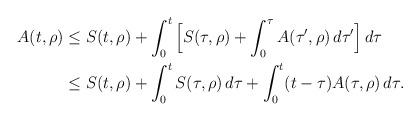
LaTeX: \begin{align*}\begin{aligned}A(t,\rho) &\leq S(t,\rho)+\int_0^t\Big[S(\tau,\rho)+\int_0^\tau A(\tau',\rho)\,d\tau'\Big]\,d\tau \\&\leq S(t,\rho)+ \int_0^t S(\tau,\rho)\,d\tau+ \int_0^t(t-\tau)A(\tau,\rho)\,d\tau.\end{aligned}\end{align*}